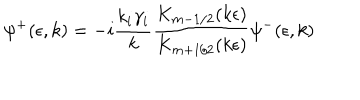
\psi ^ { + } ( \epsilon , k ) = - i \frac { k _ { i } \gamma _ { i } } { k } \frac { K _ { m - 1 / 2 } ( k \epsilon ) } { K _ { m + 1 / 2 } ( k \epsilon ) } \psi ^ { - } ( \epsilon , k )